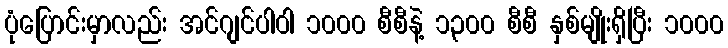
ပုံပြောင်းမှာလည်း အင်ဂျင်ပါဝါ ၁၀၀၀ စီစီနဲ့ ၁၃၀၀ စီစီ နှစ်မျိုးရှိပြီး ၁၀၀၀